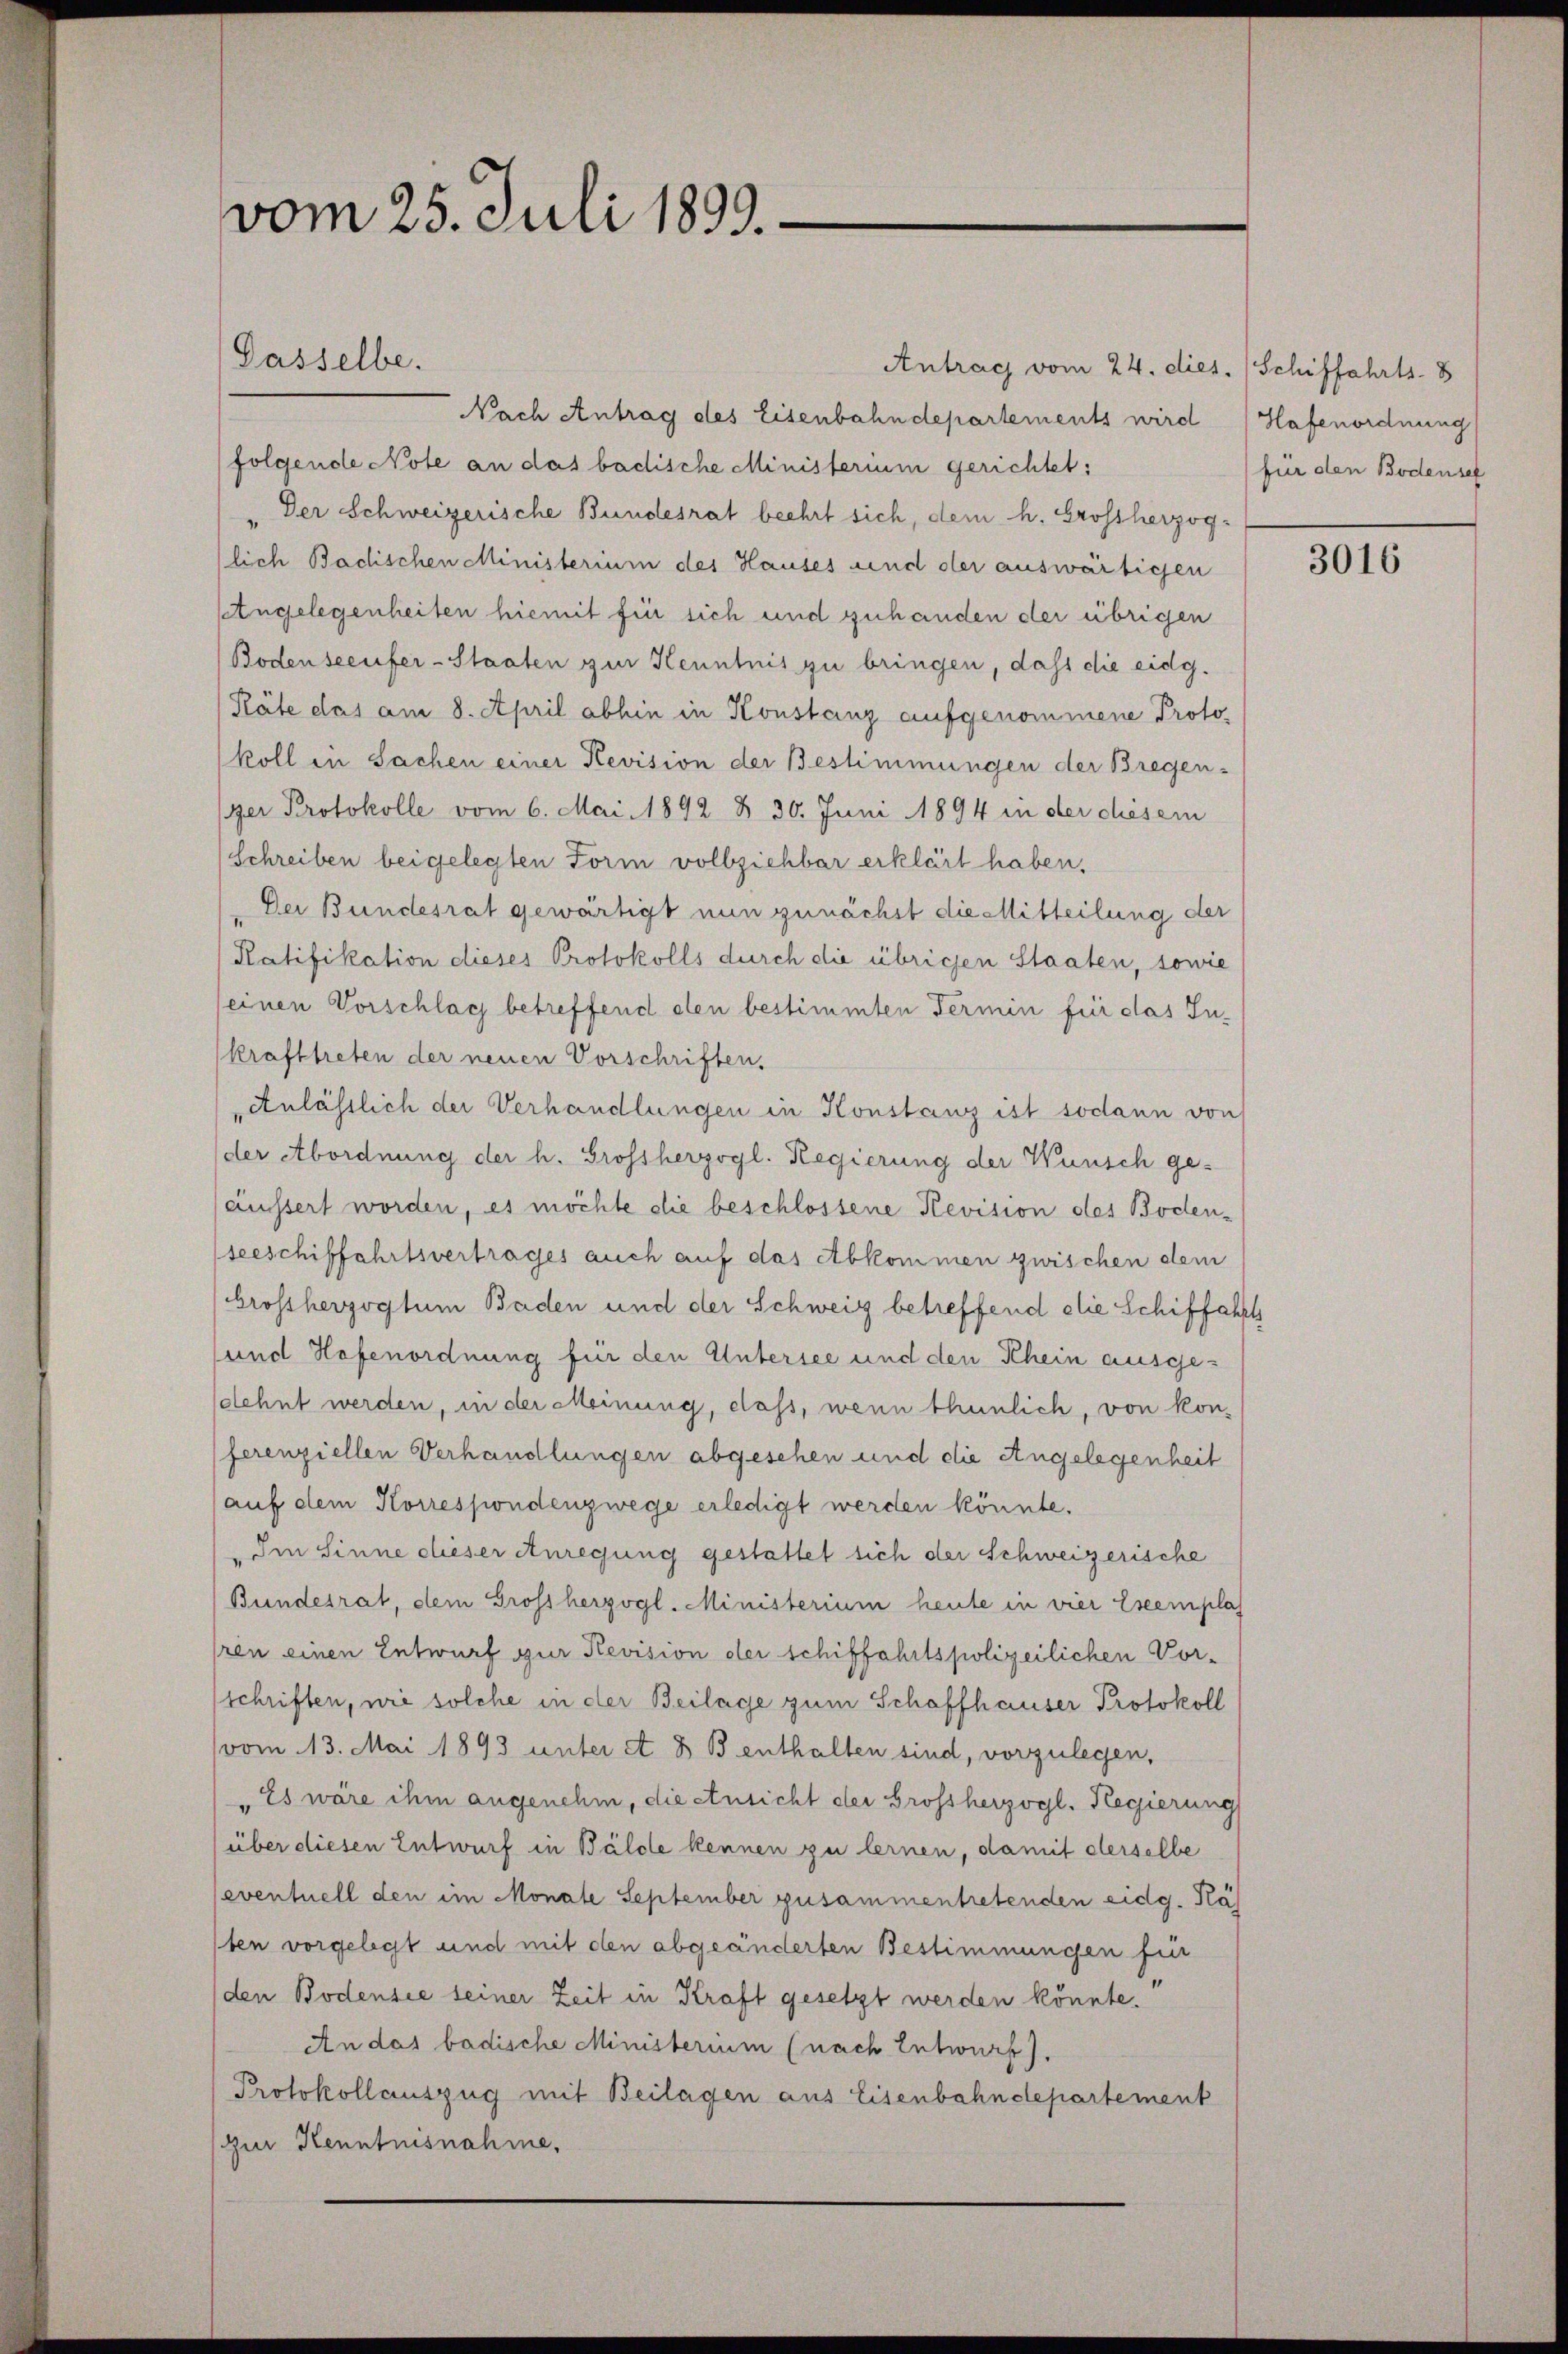
vom 25. Juli 1899.

Antrag vom 24. dies. (Schiffahrts- 8
Nach Antrag des Eisenbahndepartements wird (Hafenordnung
folgende Note an das badische Ministerium gerichtet:
Der Schweizerische Bundesrat beehrt sich, dem h. Grossherzoglich Badischen Ministerium des Hauses und der auswärtigen
setngelegenheiten hiemit für sich und zuhanden der übrigen
Bodenseeufer-Staaten zur Kenntnis zu bringen, dass die eidg.
Päte das am 8. April abhin in Konstanz aufgenommene Protokoll in Sachen einer Revision der Bestimmungen der Bregen-
ger Protokolle vom 6. Mai 1892 § 30. Juni 1894 in der diesem
Schreiben beigelegten Form vollziehbar erklärt haben.
Der Bundesrat gewärtigt nun zunächst die Mitteilung der
Ratifikation dieses Protokolls durch die übrigen Staaten, sowie
seinen Vorschlag betreffend eten bestimmten Termin für das Inkrafttreten der neuen Vorschriften.
Anlässlich der Verhandlungen in Konstanz ist sodann von
der Abordnung der h. Grossherzogl. Regierung der Wunsch ge-
äussert worden, es möchte die beschlossene Revision des Boden-
seeschiffahrtsvertrages auch auf das Abkommen zwischen dem
brossherzogtum Baden und der Schweig betreffend die Schiffahrts
und Hofenordnung für den Untersee und den Khein ausgesdehnt werden, in der Meinung, dass, wenn thunlich, von konferenziellen Verhandlungen abgesehen und die Angelegenheit
auf dem Korrespondenzwege erledigt werden könnte.
Im Sinne dieser Anregung gestattet sich der Schweizerische
Bundesrat, dem Grossherzogl. Ministerium heute in vier Eseemplas
ren einen Entwurf zur Revision der schiffahrtspolizeilichen Vorschriften, wie solche in der Beilage zum Schaffhauser Protokoll
vom 13. Mai 1893 unter et 8 B enthalten sind, vorzulegen,
"Es wäre ihm angenehm, die Ansicht der Grossherzogl. Regierung
über diesen Entwurf in Bälde kennen zu lernen, damit derselbe
eventuell den im Monate September zusammentretenden eidg. Käs
ten vorgelegt und mit den abgeänderten Bestimmungen für
den Bodensee seiner Zeit in Kraft gesetzt werden könnte.
An das badische Ministerium (nach Entwurf).
Protokollauszug mit Beilagen aus Eisenbahndepartemenk
Zur Kenntnisnahme,

Gasselbe.

für den Bodensel

3016